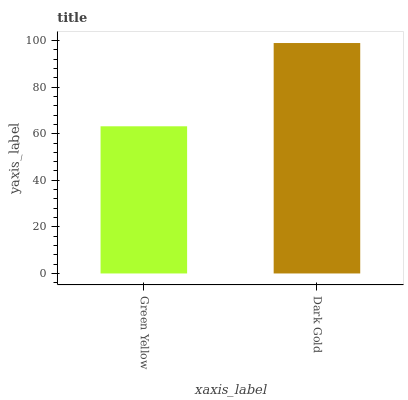
| xaxis_label | bars |
 | --- | --- |
 | Green Yellow | 63.2 |
 | Dark Gold | 98.9 |